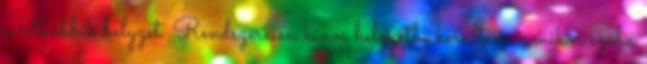
a ritkábbik helyzet. Rendszeresen kínos helyzetbe kerültem, amikor szóba